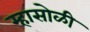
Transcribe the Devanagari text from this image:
म्हासोळी